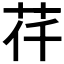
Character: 𦭛